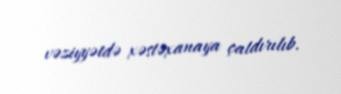
vəziyyətdə xəstəxanaya çatdırılıb.